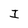
Character: I